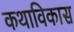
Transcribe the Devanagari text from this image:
कथाविकास